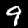
Digit: 9